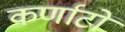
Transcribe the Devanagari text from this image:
कर्णाटों